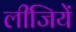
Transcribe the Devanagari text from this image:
लीजियें